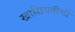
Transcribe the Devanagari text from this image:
खासियतीची